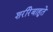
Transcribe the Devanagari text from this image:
शरीरेबाहुते